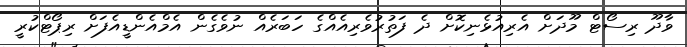
ވާދޫ ރިސޯޓް މޫދަށް އެރިއުޅެނިކޮށް ދެ ފަތުރުވެރިއެއްގެ ހަބަރެއް ނުވެގެން އެމްއެންޑީއެފަށް ރިޕޯޓްކުރީ